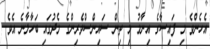
އެހެންވެ މި ފައިސާގެ އިނާމު މި ތިން ސައިންސްވެރިންގެ މެދުުގައި ބަހާލާނެ އެވެ.